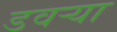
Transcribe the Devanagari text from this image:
डवऱ्या